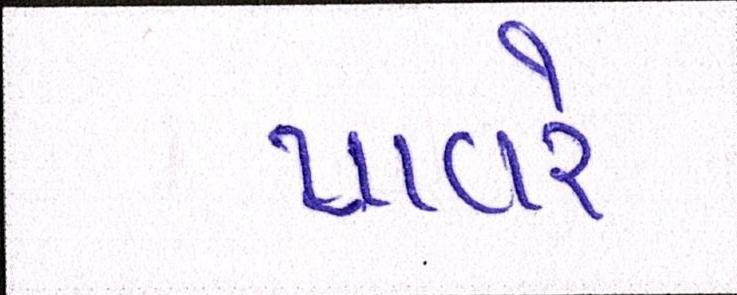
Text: પાવરે